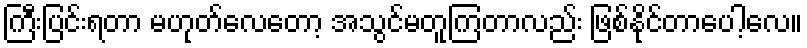
ကြီးပြင်းရတာ မဟုတ်လေတော့ အသွင်မတူကြတာလည်း ဖြစ်နိုင်တာပေါ့လေ။